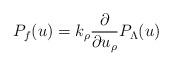
LaTeX: \begin{align*}P_f(u)=k_{\rho}{\partial\over\partial u_{\rho}}P_{\Lambda}(u)\end{align*}